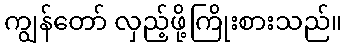
ကျွန်တော် လှည့်ဖို့ကြိုးစားသည်။